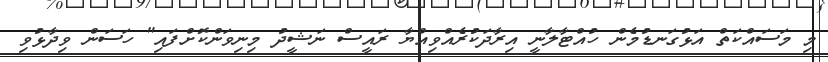
މި މަސައްކަތް އަޅުގަނޑުމެން ހުއްޓާލާނީ އިރާދަކުރެއްވިއްޔާ ރައީސް ނަޝީދު މިނިވަންކޮށްފައި" ހަސަން ވިދާޅުވި